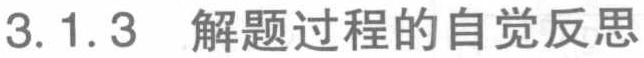
3.1.3 解题过程的自觉反思